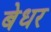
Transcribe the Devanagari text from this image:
बेधर